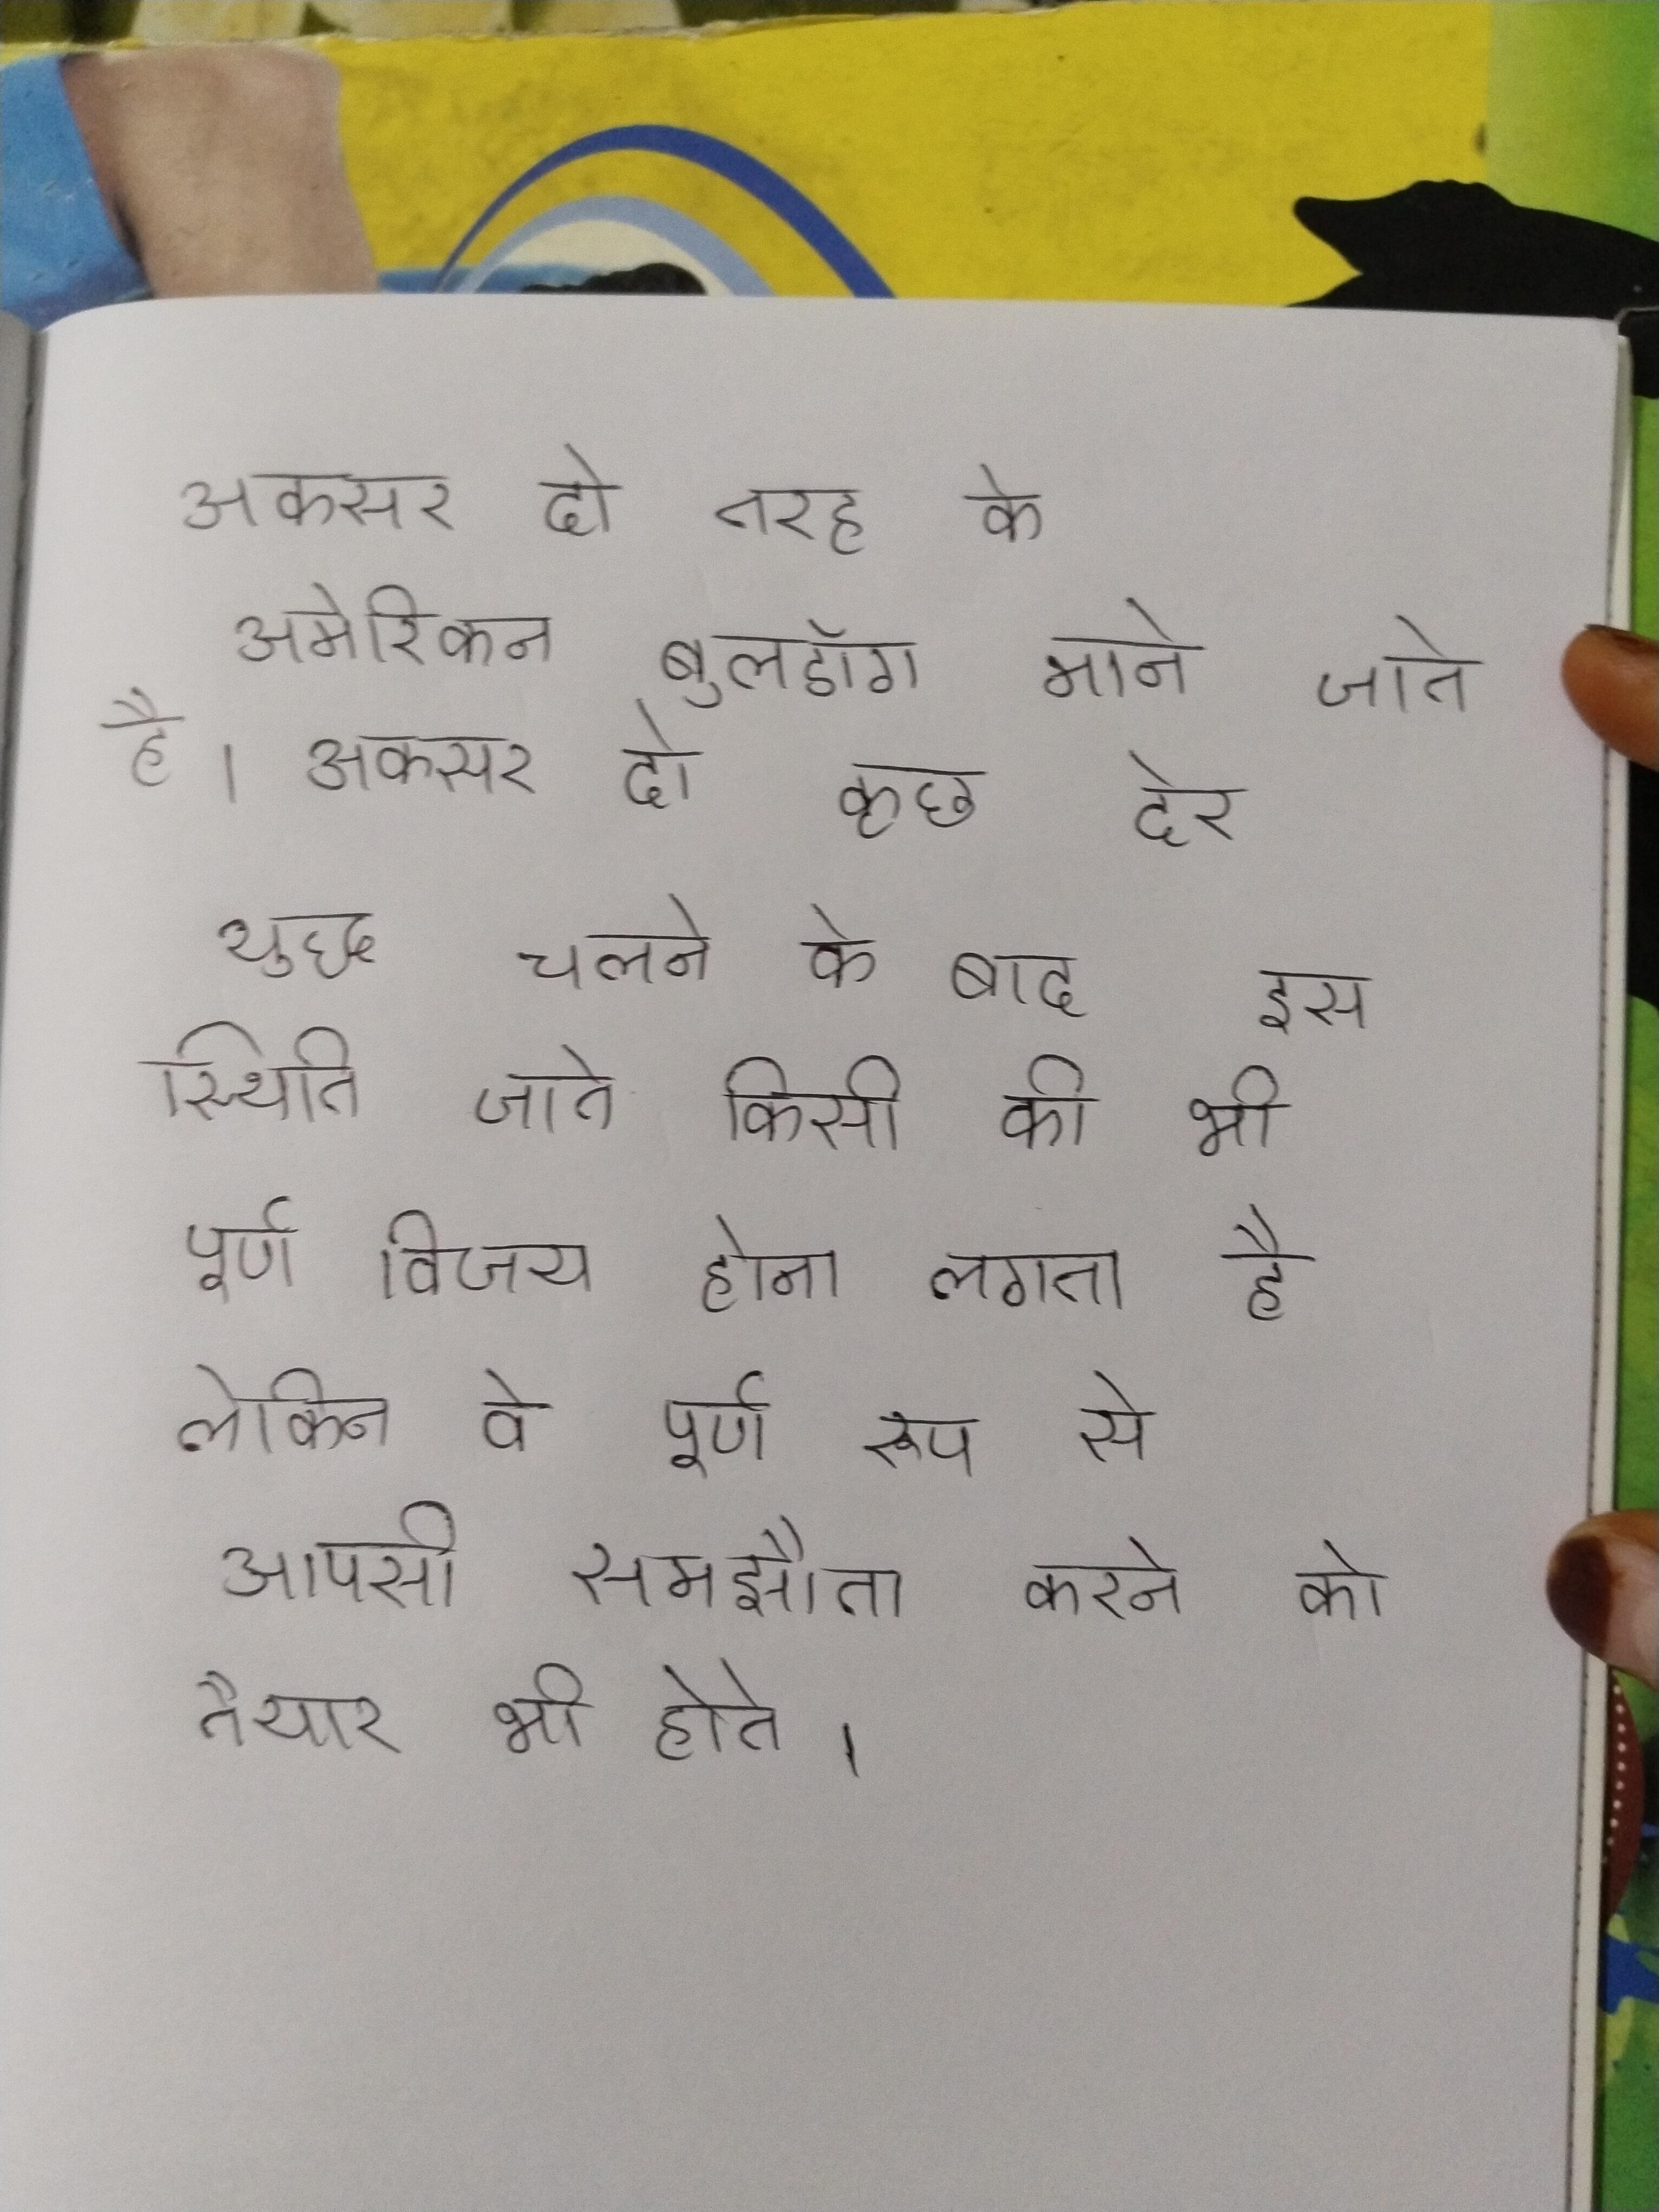
अक्सर दो तरह के अमेरिकन बुलडॉग माने जाते है । अक्सर दो कुछ देर युद्ध चलने के बाद इस स्थिति जाते किसी की भी पूर्ण विजय होना लगता है लेकिन वे पूर्ण रूप से आपसी समझौता करने को तैयार भी होते ।